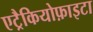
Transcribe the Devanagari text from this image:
एट्रैकियोफ़ाइटा